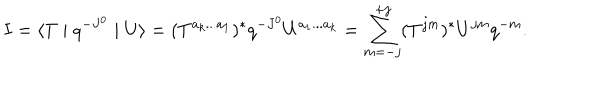
LaTeX: I = \langle T \mid q ^ { - J ^ { 0 } } \mid U \rangle = ( T ^ { a _ { k } . . . a _ { 1 } } ) ^ { \ast } q ^ { - J ^ { 0 } } U ^ { a _ { 1 } . . . a _ { k } } = \sum _ { m = - j } ^ { + j } ( T ^ { j m } ) ^ { \ast } U ^ { j m } q ^ { - m } .